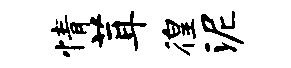
情茸徨泥